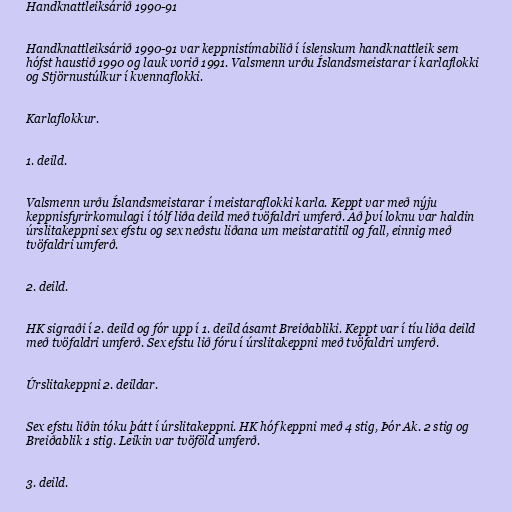
Handknattleiksárið 1990-91

Handknattleiksárið 1990-91 var keppnistímabilið í íslenskum handknattleik sem
hófst haustið 1990 og lauk vorið 1991. Valsmenn urðu Íslandsmeistarar í karlaflokki
og Stjörnustúlkur í kvennaflokki.

Karlaflokkur.

1. deild.

Valsmenn urðu Íslandsmeistarar í meistaraflokki karla. Keppt var með nýju
keppnisfyrirkomulagi í tólf liða deild með tvöfaldri umferð. Að því loknu var haldin
úrslitakeppni sex efstu og sex neðstu liðana um meistaratitil og fall, einnig með
tvöfaldri umferð.

2. deild.

HK sigraði í 2. deild og fór upp í 1. deild ásamt Breiðabliki. Keppt var í tíu liða deild
með tvöfaldri umferð. Sex efstu lið fóru í úrslitakeppni með tvöfaldri umferð.

Úrslitakeppni 2. deildar.

Sex efstu liðin tóku þátt í úrslitakeppni. HK hóf keppni með 4 stig, Þór Ak. 2 stig og
Breiðablik 1 stig. Leikin var tvöföld umferð.

3. deild.